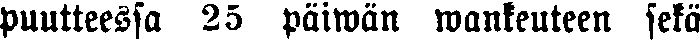
puutteessa 25 päiwän wankeuteen sekä